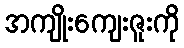
အကျိုးကျေးဇူးကို